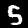
Digit: 5